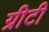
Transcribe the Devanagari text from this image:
ग्रीटी